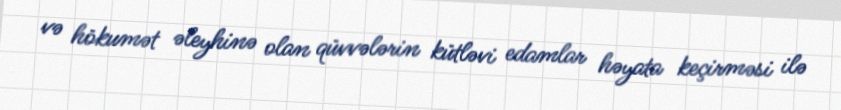
və hökumət əleyhinə olan qüvvələrin kütləvi edamlar həyata keçirməsi ilə